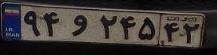
۹۴و۲۴۵۴۲